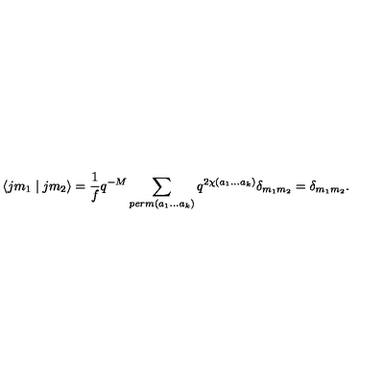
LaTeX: \langle j m _ { 1 } \mid j m _ { 2 } \rangle = \frac { 1 } { f } q ^ { - M } \sum _ { p e r m ( a _ { 1 } . . . a _ { k } ) } q ^ { 2 \chi ( a _ { 1 } . . . a _ { k } ) } \delta _ { m _ { 1 } m _ { 2 } } = \delta _ { m _ { 1 } m _ { 2 } } .